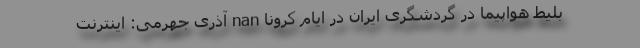
بلیط هواپیما در گردشگری ایران در ایام کرونا nan آذری جهرمی: اینترنت